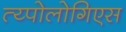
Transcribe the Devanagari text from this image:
त्य्पोलोगिएस